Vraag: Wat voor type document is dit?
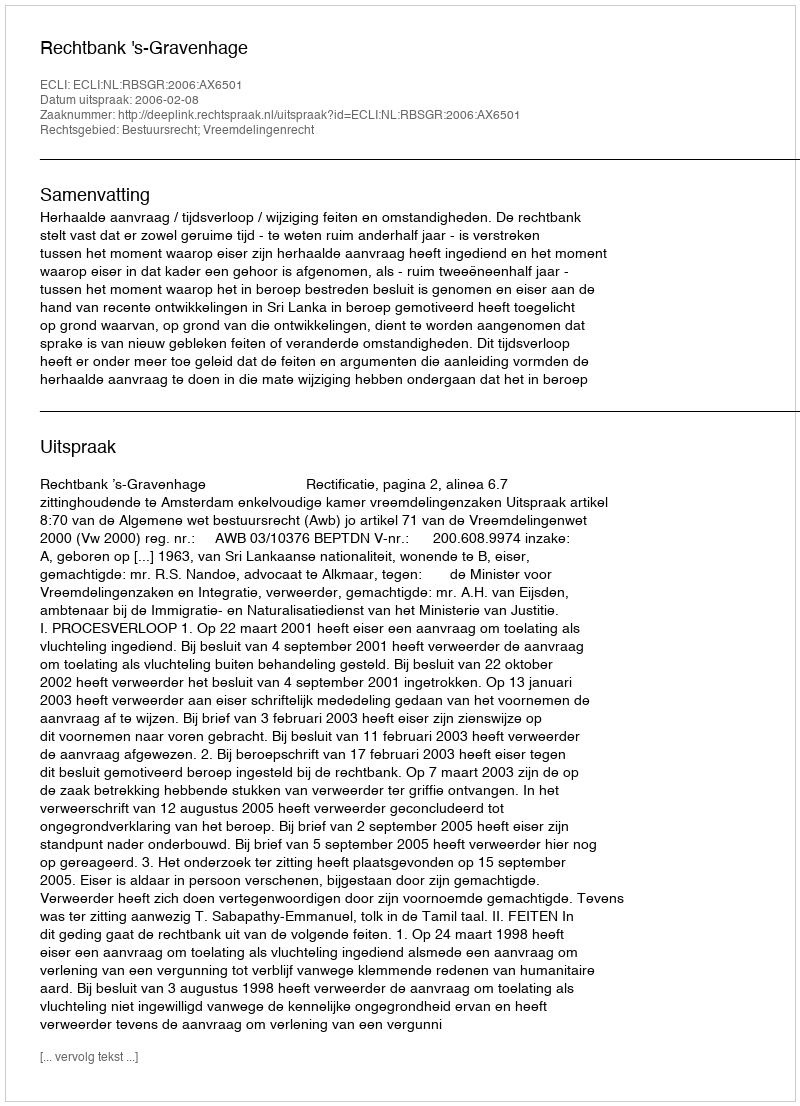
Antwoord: Uitspraak